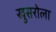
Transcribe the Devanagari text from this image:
खुसरोला